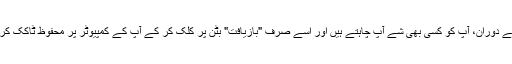
پیش منظر کے دوران، آپ کو کسی بھی شے آپ چاہتے ہیں اور اسے صرف "بازیافت" بٹن پر کلک کر کے آپ کے کمپیوٹر پر محفوظ ٹاکک کر سکتے ہیں ۔